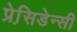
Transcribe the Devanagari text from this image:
प्रेसि़डेन्सी